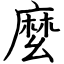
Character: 麼